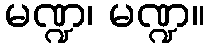
မဏ္ဍ၊ မဏ္ဍ။